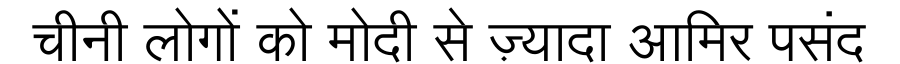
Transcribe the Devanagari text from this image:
चीनी लोगों को मोदी से ज़्यादा आमिर पसंद